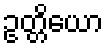
ဥတ္တိယော